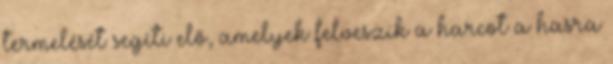
termelését segíti elő, amelyek felveszik a harcot a hasra